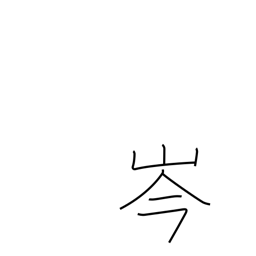
Meaning: mountaintop